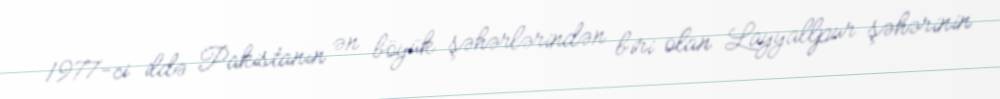
1977-ci ildə Pakistanın ən böyük şəhərlərindən biri olan Layyallpur şəhərinin